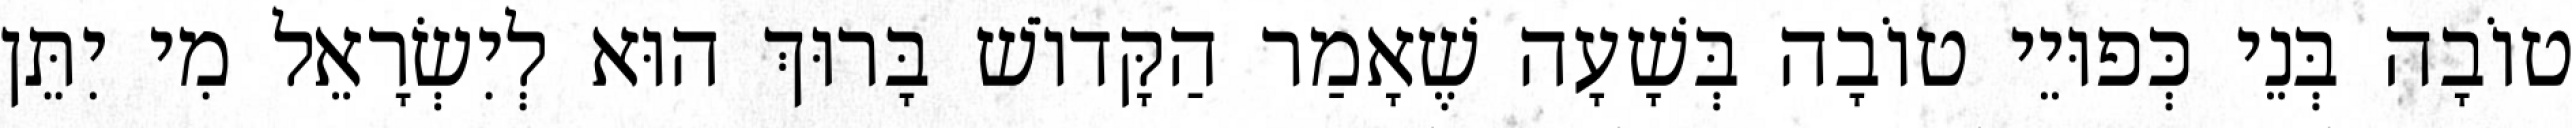
טוֹבָה בְּנֵי כְּפוּיֵי טוֹבָה בְּשָׁעָה שֶׁאָמַר הַקָּדוֹשׁ בָּרוּךְ הוּא לְיִשְׂרָאֵל מִי יִתֵּן